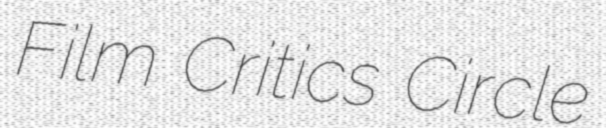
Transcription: Film Critics Circle